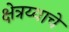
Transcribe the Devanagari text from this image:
क्षेत्रय्याचे